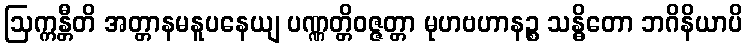
ဩက္ကန္တီတိ အတ္တာနမနူပနေယျ ပဏ္ဏတ္တိဝဇ္ဇတ္တာ မုဟဗဟာနဉ္စ သန္ဓိတော ဘဂိနိယာပိ